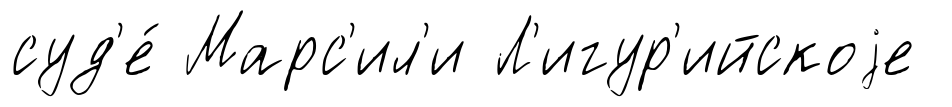
суд'е́ Марс'ил'и Л'игур'ийскоjе